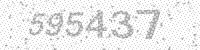
Solution: 595437